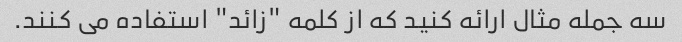
سه جمله مثال ارائه کنید که از کلمه "زائد" استفاده می کنند.